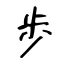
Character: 歩